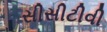
સીસીટીવી